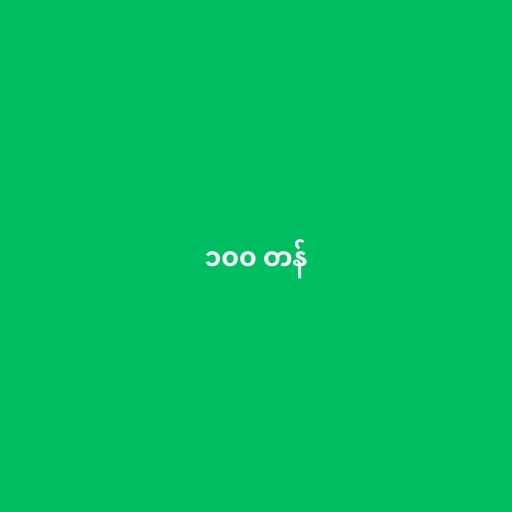
၁၀၀ တန်